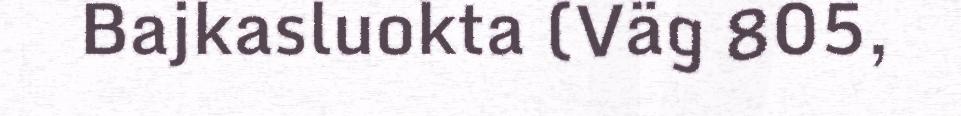
Bajkasluokta (Väg 805,